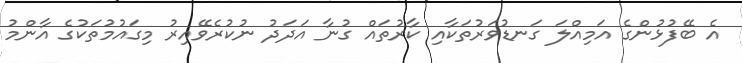
އެ ބޭފުޅުންގެ އަމިއްލަ ގަނޑުވަރުތަކާއި ކާރުތައް ގުނާ އަދަދު ނުކުރެވޭއިރު މިގައުމުތަކުގެ އާންމު